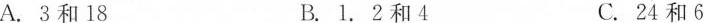
A.3和18B.1.2和4C.24和6